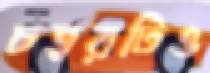
চত্বরটিও